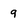
Character: 9